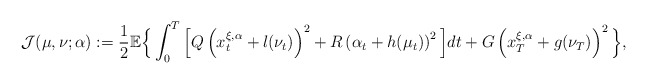
\begin{align*}\mathcal{J}(\mu,\nu;\alpha):=\frac{1}{2}\mathbb{E}\Big\{\int_0^T\Big[Q\left(x_t^{\xi,\alpha}+l(\nu_t)\right)^2+R\left(\alpha_t+h(\mu_t)\right)^2\Big]dt+G\left(x_T^{\xi,\alpha}+g(\nu_T)\right)^2\Big\},\end{align*}